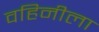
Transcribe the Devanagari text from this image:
वहिनीला